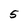
Character: 5